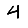
Digit: 4